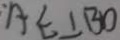
A C \bot B O